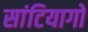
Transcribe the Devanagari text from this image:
सांटियागो